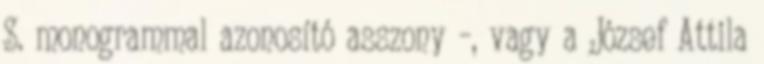
S. monogrammal azonosító asszony –, vagy a József Attila